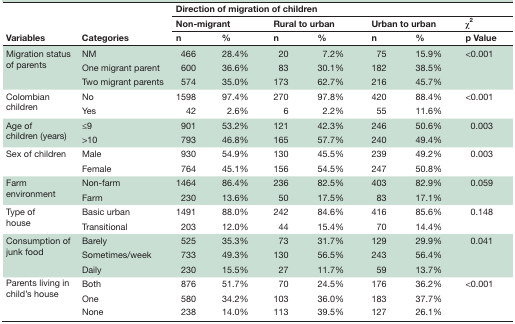
<table><thead><tr><td rowspan="3"><b>Variables</b></td><td rowspan="3"><b>Categories</b></td><td colspan="6"><b>Direction of migration of children</b></td><td></td></tr><tr><td colspan="2"><b>Non-migrant</b></td><td colspan="2"><b>Rural to urban</b></td><td colspan="2"><b>Urban to urban</b></td><td><b>χ<sup>2</sup></b></td></tr><tr><td><b>n</b></td><td><b>%</b></td><td><b>n</b></td><td><b>%</b></td><td><b>n</b></td><td><b>%</b></td><td><b>p Value</b></td></tr></thead><tbody><tr><td rowspan="3">Migration status of parents</td><td>NM</td><td>466</td><td>28.4%</td><td>20</td><td>7.2%</td><td>75</td><td>15.9%</td><td>&lt;0.001</td></tr><tr><td>One migrant parent</td><td>600</td><td>36.6%</td><td>83</td><td>30.1%</td><td>182</td><td>38.5%</td><td></td></tr><tr><td>Two migrant parents</td><td>574</td><td>35.0%</td><td>173</td><td>62.7%</td><td>216</td><td>45.7%</td><td></td></tr><tr><td rowspan="2">Colombian children</td><td>No</td><td>1598</td><td>97.4%</td><td>270</td><td>97.8%</td><td>420</td><td>88.4%</td><td>&lt;0.001</td></tr><tr><td>Yes</td><td>42</td><td>2.6%</td><td>6</td><td>2.2%</td><td>55</td><td>11.6%</td><td></td></tr><tr><td rowspan="2">Age of children (years)</td><td>≤9</td><td>901</td><td>53.2%</td><td>121</td><td>42.3%</td><td>246</td><td>50.6%</td><td>0.003</td></tr><tr><td>&gt;10</td><td>793</td><td>46.8%</td><td>165</td><td>57.7%</td><td>240</td><td>49.4%</td><td></td></tr><tr><td rowspan="2">Sex of children</td><td>Male</td><td>930</td><td>54.9%</td><td>130</td><td>45.5%</td><td>239</td><td>49.2%</td><td>0.003</td></tr><tr><td>Female</td><td>764</td><td>45.1%</td><td>156</td><td>54.5%</td><td>247</td><td>50.8%</td><td></td></tr><tr><td rowspan="2">Farm environment</td><td>Non-farm</td><td>1464</td><td>86.4%</td><td>236</td><td>82.5%</td><td>403</td><td>82.9%</td><td>0.059</td></tr><tr><td>Farm</td><td>230</td><td>13.6%</td><td>50</td><td>17.5%</td><td>83</td><td>17.1%</td><td></td></tr><tr><td rowspan="2">Type of house</td><td>Basic urban</td><td>1491</td><td>88.0%</td><td>242</td><td>84.6%</td><td>416</td><td>85.6%</td><td>0.148</td></tr><tr><td>Transitional</td><td>203</td><td>12.0%</td><td>44</td><td>15.4%</td><td>70</td><td>14.4%</td><td></td></tr><tr><td rowspan="3">Consumption of junk food</td><td>Barely</td><td>525</td><td>35.3%</td><td>73</td><td>31.7%</td><td>129</td><td>29.9%</td><td>0.041</td></tr><tr><td>Sometimes/week</td><td>733</td><td>49.3%</td><td>130</td><td>56.5%</td><td>243</td><td>56.4%</td><td></td></tr><tr><td>Daily</td><td>230</td><td>15.5%</td><td>27</td><td>11.7%</td><td>59</td><td>13.7%</td><td></td></tr><tr><td rowspan="3">Parents living in child’s house</td><td>Both</td><td>876</td><td>51.7%</td><td>70</td><td>24.5%</td><td>176</td><td>36.2%</td><td>&lt;0.001</td></tr><tr><td>One</td><td>580</td><td>34.2%</td><td>103</td><td>36.0%</td><td>183</td><td>37.7%</td><td></td></tr><tr><td>None</td><td>238</td><td>14.0%</td><td>113</td><td>39.5%</td><td>127</td><td>26.1%</td><td></td></tr></tbody></table>